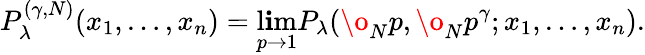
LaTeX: P_{\lambda}^{(\gamma,N)}(x_{1},\dots,x_{n})=\operatorname*{l\mathbf{i}m}_{p\rightarrow1}P_{\lambda}(\o_{N}p,\o_{N}p^{\gamma};x_{1},\dots,x_{n}).